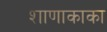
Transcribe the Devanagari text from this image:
शाणाकाका